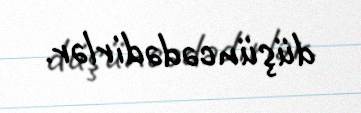
düşüncədədirlər.